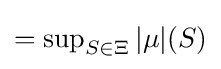
=\sup \nolimits _{S\in \Xi }|\mu |(S)